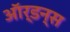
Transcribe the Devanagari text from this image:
ऑर्डन्स